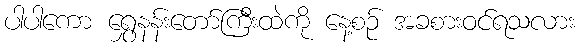
ပါပါကော ရွှေနန်းတော်ကြီးထဲကို နေ့စဉ် အခစားဝင်ရသလား